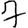
Digit: 7